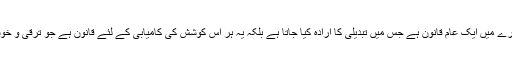
یہ آیت کریمہ ہر اس چیز کے بارے میں ایک عام قانون ہے جس میں تبدیلی کا ارادہ کیا جاتا ہے بلکہ یہ ہر اس کوشش کی کامیابی کے لئے قانون ہے جو ترقی و خوشحالی کی راہ میں کی جاتی ہے۔